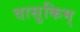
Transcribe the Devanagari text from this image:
वासुकिम्